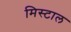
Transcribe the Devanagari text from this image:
मिस्टाल